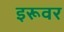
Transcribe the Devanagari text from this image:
इरूवर